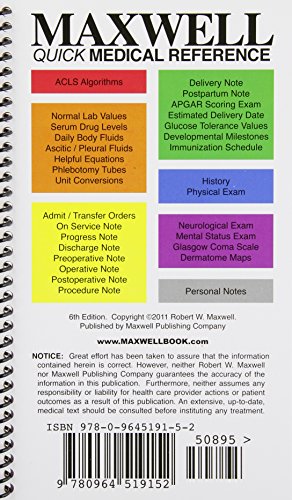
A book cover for Maxwell Quick Medical Reference; Robert W. Maxwell; Medical Books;